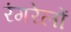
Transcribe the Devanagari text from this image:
रंगरेलों